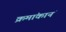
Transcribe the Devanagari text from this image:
क्रमांकानं